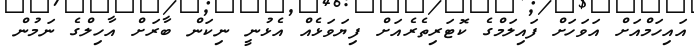
އައިހަމްއަށް އަވަހަށް ފައިލަމްގެ ކޮޓަރިތެރެއަށް ފިޔަވަޅެއް އެޅުނީ ނިކަން ބާރަށް އާހިލްގެ ނަމުން